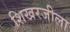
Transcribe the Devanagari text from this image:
शिखरजीला